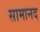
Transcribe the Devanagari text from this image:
सामानद